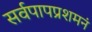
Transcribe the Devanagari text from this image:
सर्वपापप्रशमनं